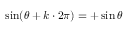
\sin ( \theta + k \cdot 2 \pi ) = + \sin \theta